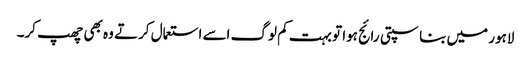
لاہور میں بناسپتی رائج ہوا تو بہت کم لوگ اسے استعمال کرتے وہ بھی چھپ کر۔